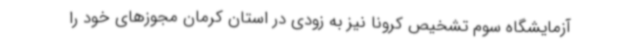
آزمایشگاه سوم تشخیص کرونا نیز به زودی در استان کرمان مجوزهای خود را